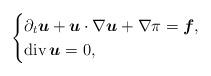
LaTeX: \begin{align*}\begin{cases}\partial_t\boldsymbol u + \boldsymbol u\cdot \nabla \boldsymbol u + \nabla\pi = \boldsymbol f,\\{\mathrm{div}\,}\boldsymbol u=0,\\\end{cases}\end{align*}